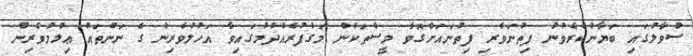
ސުވާލުގައި ބަޔާންކުރެވުނު ފިތުނަވެރި ފިތުނައަށްގޮވާ މީސްތަކުން މަގުފުރެއްދުމުގައިވާ އަހުލުވެރިން ގެ ނަންތައް ޢިލްމުވެރިން